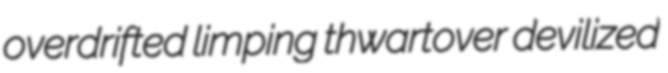
overdrifted limping thwartover devilized